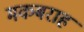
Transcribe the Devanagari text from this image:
मकबराह